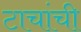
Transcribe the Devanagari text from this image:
टाचांची